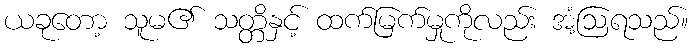
ယခုတော့ သူမ၏ သတ္တိနှင့် ထက်မြက်မှုကိုလည်း အံ့ဩရသည်။